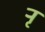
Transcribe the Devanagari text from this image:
र्‍ाृ